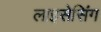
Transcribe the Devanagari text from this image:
लाइसेसिंग